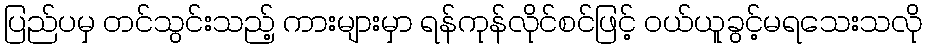
ပြည်ပမှ တင်သွင်းသည့် ကားများမှာ ရန်ကုန်လိုင်စင်ဖြင့် ဝယ်ယူခွင့်မရသေးသလို